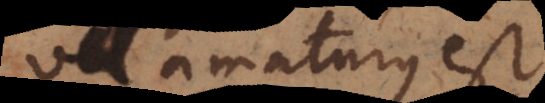
vel amaturus est